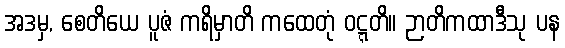
အဒမှ, စေတိယေ ပူဇံ ကရိမှာတိ ကထေတုံ ဝဋ္ဋတိ။ ဉာတိကထာဒီသု ပန